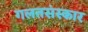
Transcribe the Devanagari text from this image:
गलतसंस्कार